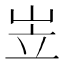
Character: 岦